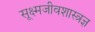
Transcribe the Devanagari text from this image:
सूक्ष्मजीवशास्त्रज्ञ